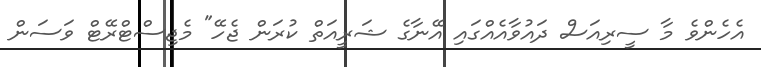
އެހެންވެ މާ ސީރިއަސް ދައުވާއެއްގައި އޭނާގެ ޝަރީއަތް ކުރަން ޖެހޭ" މެޖިސްޓްރޭޓް ވަސަން